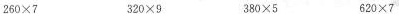
2 6 0 \times7 3 2 0 \times 9 3 8 0 \times 5 6 2 0 \times 7